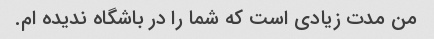
من مدت زیادی است که شما را در باشگاه ندیده ام.